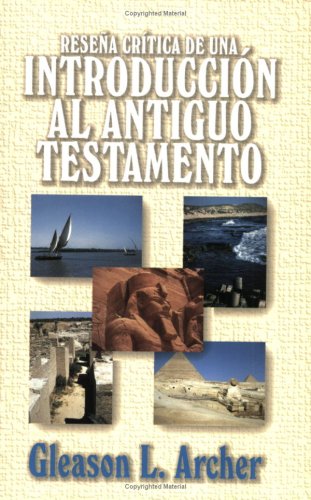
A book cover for ReseÃ±a crÃ­tica de una introduccion al Antiguo Testamento (Spanish Edition); Gleason Archer; Christian Books & Bibles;